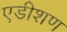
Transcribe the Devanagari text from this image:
एडीशण